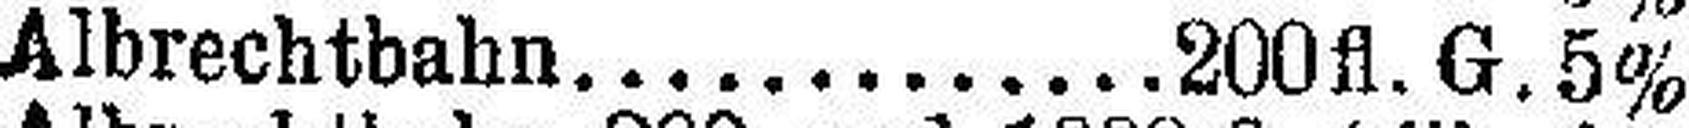
Albrechtbahn 200 fl. G. 5%